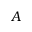
A